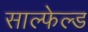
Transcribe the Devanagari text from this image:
साल्फेल्ड